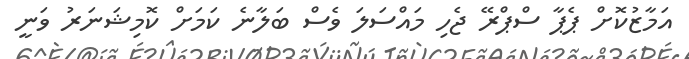
އަމާޒުކޮށް ޕެޕާ ސްޕްރޭ ޖެހި މައްސަލަ ވެސް ބަލާނެ ކަމަށް ކޮމިޝަނަރު ވަނީ